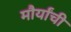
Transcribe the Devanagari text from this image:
मौर्यांची